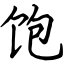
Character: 饱